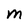
Character: M